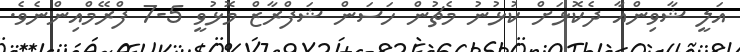
އަލީ ޝާވިންއާ ދެކޮޅަށް ކުޅުނު މެޗުން ހަސަން ޝަފްރާޒް މޮޅުވީ 5-7 ފްރޭމްއިންނެވެ.